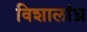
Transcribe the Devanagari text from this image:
विशालांध्र